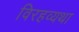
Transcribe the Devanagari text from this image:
विरहव्यथा